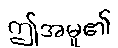
ဤအမှု၏